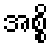
အစ္စိ